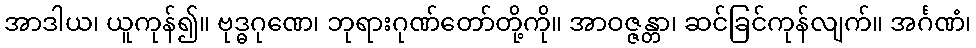
အာဒါယ၊ ယူကုန်၍။ ဗုဒ္ဓဂုဏေ၊ ဘုရားဂုဏ်တော်တို့ကို။ အာဝဇ္ဇန္တာ၊ ဆင်ခြင်ကုန်လျက်။ အင်္ဂဏံ၊